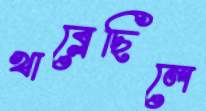
খাব্‌লেছিলে